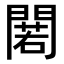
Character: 𨵫